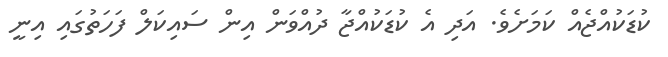
ކުޑަކުއްޖެއް ކަމަށެވެ. އަދި އެ ކުޑަކުއްޖާ ދުއްވަން އިން ސައިކަލް ފަހަތުގައި އިނީ